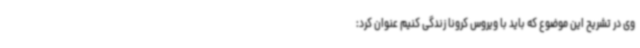
وی در تشریح این موضوع که باید با ویروس کرونا زندگی کنیم عنوان کرد: